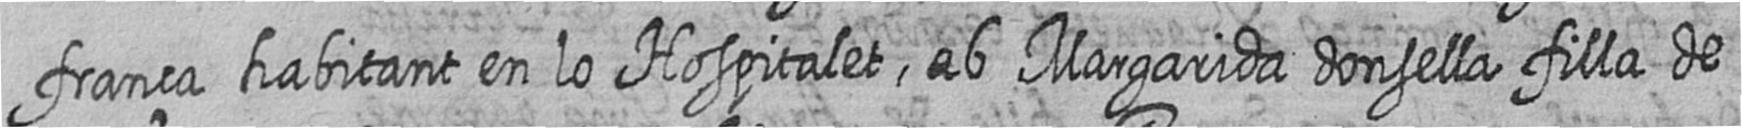
frança habitant en lo Hospitalet ab Margarida donsella filla de